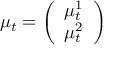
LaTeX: \mu _ { t } = { \left( \begin{array} { l } { \mu _ { t } ^ { 1 } } \\ { \mu _ { t } ^ { 2 } } \end{array} \right) }